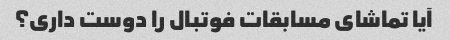
آیا تماشای مسابقات فوتبال را دوست داری؟